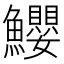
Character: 𩽢